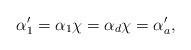
\begin{align*}\alpha_1'= \alpha_1\chi = \alpha_d \chi = \alpha_a',\end{align*}